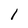
Character: l